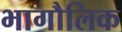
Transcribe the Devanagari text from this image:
भागौलिक